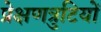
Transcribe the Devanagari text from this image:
प्रेक्षणत्रुटियों